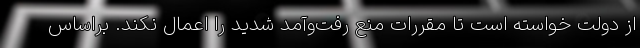
از دولت خواسته است تا مقررات منع رفت‌و‌آمد شدید را اعمال نکند. براساس